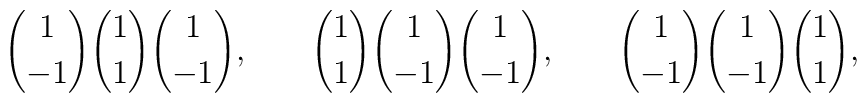
{1\choose -1} {1\choose 1} {1 \choose -1},\,\,\,\,\,\,\,\,\,\,\,{1\choose 1} {1\choose -1} {1 \choose -1},\,\,\,\,\,\,\,\,\,\,\,{1\choose -1} {1\choose -1} {1 \choose 1},